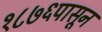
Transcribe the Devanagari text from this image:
१८७६पासून